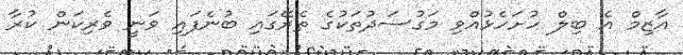
އާޒިމް އެ ބިލް ހުށަހެޅުއްވި މަގުސަދުތަކުގެ ތެރޭގައި ބުނެފައި ވަނީ ވެރިކަން ކުރާ